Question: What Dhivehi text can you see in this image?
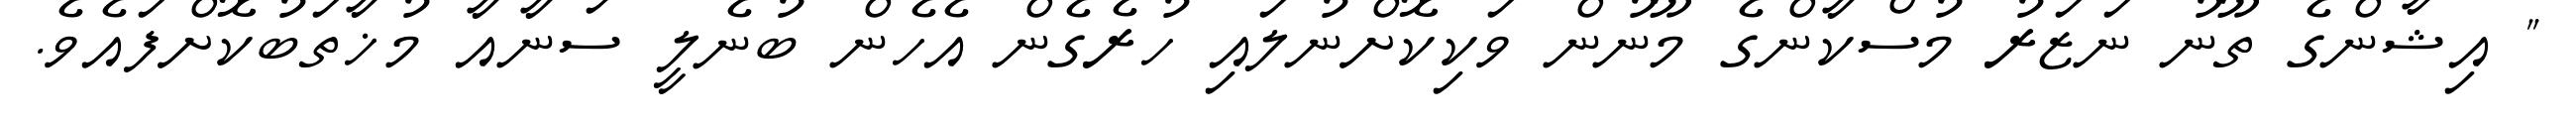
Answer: " އިޝާންގެ ތޫނު ނަޒަރު މުސްކާންގެ މޫނުން ވަކިކޮށްނުލައި ހުރެގެން އެހެން ބުނެލީ ސަނާއާ މުޚާތަބުކޮށްފައެވެ.